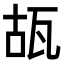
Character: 瓳